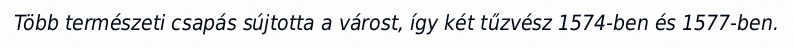
Több természeti csapás sújtotta a várost, így két tűzvész 1574-ben és 1577-ben.